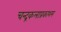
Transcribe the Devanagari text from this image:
चन्द्रकलाप्रकाशम्